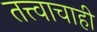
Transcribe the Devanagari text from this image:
तत्त्वाचाही